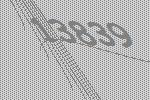
13839